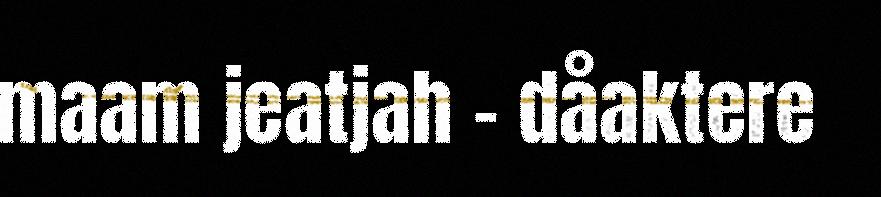
maam jeatjah - dåaktere